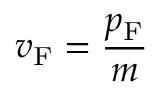
v _ { \mathrm { F } } = { \frac { p _ { \mathrm { F } } } { m } }